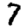
Digit: 7